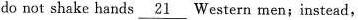
do not shake hands \underline{21} Western men;instead,